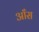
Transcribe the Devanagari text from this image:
आँस